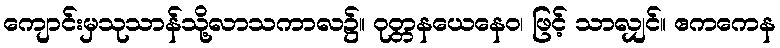
ကျောင်းမှသုသာန်သို့လာသကာလ၌။ ဝုတ္တနယေနေဝ၊ ဖြင့် သာလျှင်။ ဧကကေန